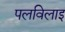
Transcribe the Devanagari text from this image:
पलविलाइ